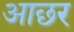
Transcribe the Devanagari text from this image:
आछर